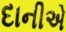
દાનીએ